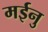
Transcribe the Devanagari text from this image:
मईनु